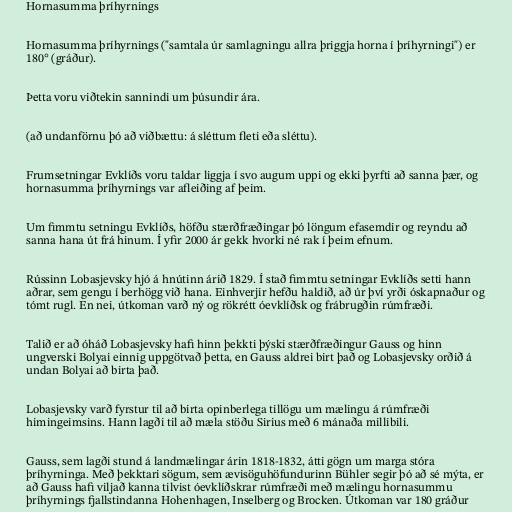
Hornasumma þríhyrnings

Hornasumma þríhyrnings ("samtala úr samlagningu allra þriggja horna í þríhyrningi") er
180° (gráður).

Þetta voru viðtekin sannindi um þúsundir ára.

(að undanförnu þó að viðbættu: á sléttum fleti eða sléttu).

Frumsetningar Evklíðs voru taldar liggja í svo augum uppi og ekki þyrfti að sanna þær, og
hornasumma þríhyrnings var afleiðing af þeim.

Um fimmtu setningu Evklíðs, höfðu stærðfræðingar þó löngum efasemdir og reyndu að
sanna hana út frá hinum. Í yfir 2000 ár gekk hvorki né rak í þeim efnum.

Rússinn Lobasjevsky hjó á hnútinn árið 1829. Í stað fimmtu setningar Evklíðs setti hann
aðrar, sem gengu í berhögg við hana. Einhverjir hefðu haldið, að úr því yrði óskapnaður og
tómt rugl. En nei, útkoman varð ný og rökrétt óevklíðsk og frábrugðin rúmfræði.

Talið er að óháð Lobasjevsky hafi hinn þekkti þýski stærðfræðingur Gauss og hinn
ungverski Bolyai einnig uppgötvað þetta, en Gauss aldrei birt það og Lobasjevsky orðið á
undan Bolyai að birta það.

Lobasjevsky varð fyrstur til að birta opinberlega tillögu um mælingu á rúmfræði
himingeimsins. Hann lagði til að mæla stöðu Sirius með 6 mánaða millibili.

Gauss, sem lagði stund á landmælingar árin 1818-1832, átti gögn um marga stóra
þríhyrninga. Með þekktari sögum, sem ævisöguhöfundurinn Bühler segir þó að sé mýta, er
að Gauss hafi viljað kanna tilvist óevklíðskrar rúmfræði með mælingu hornasummu
þríhyrnings fjallstindanna Hohenhagen, Inselberg og Brocken. Útkoman var 180 gráður